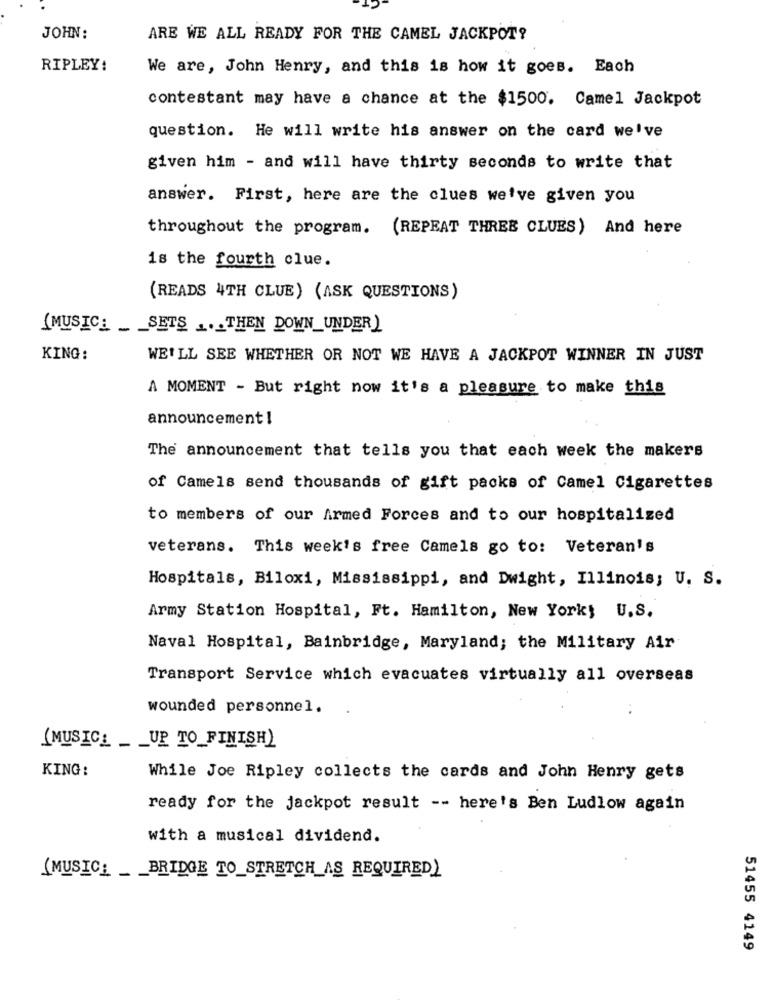
JOHN:
ARE WE ALL READY FOR THE CAMEL JACKPOT?
RIPLEY!
We are, John Henry, and this is how it goes. Each
contestant may have a chance at the $1500. Camel Jackpot
question. He will write his answer on the card we've
given him - and will have thirty seconds to write that
answer. First, here are the clues we've given you
throughout the program. (REPEAT THREE CLUES) And here
is the fourth clue.
(READS 4TH CLUE) (ASK QUESTIONS)
(MUSIC_ _ _ SETS ... THEN DOWN_UNDER)
KING:
WE'LL SEE WHETHER OR NOT WE HAVE A JACKPOT WINNER IN JUST
A MOMENT - But right now it's a pleasure to make this
announcement !
The announcement that tells you that each week the makers
of Camels send thousands of gift packs of Camel Cigarettes
to members of our Armed Forces and to our hospitalized
veterans. This week's free Camels go to: Veteran's
Hospitals, Biloxi, Mississippi, and Dwight, Illinois; U. S.
Army Station Hospital, Ft. Hamilton, New Yorky U.S.
Naval Hospital, Bainbridge, Maryland; the Military Air
Transport Service which evacuates virtually all overseas
wounded personnel.
. .
(MUSIC_ _ _ UP TO_FINISH)
KING :
While Joe Ripley collects the cards and John Henry gets
ready for the jackpot result -- here's Ben Ludlow again
with a musical dividend.
(MUSIC_ _ _ BRIDGE TO_STRETCH AS REQUIRED)
51455 4149